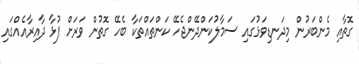
ގޮތާއި މެންބަރުން މިދަނޑިވަޅުގައި ސަމާލުކަންދޭންޖެހޭ ކަންތައްތަކާ ބެހޭ ގޮތުން ވަރަށް ފުޅާ ދާއިރާއެއްގައި